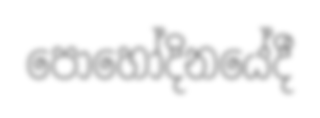
පොහෝදිනයේදී